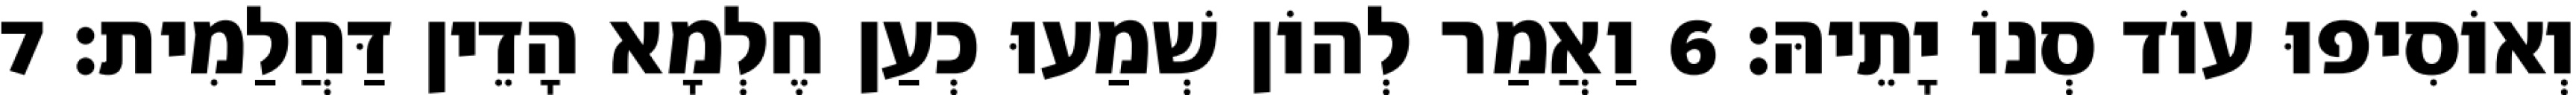
וְאוֹסִיפוּ עוֹד סְנוֹ יָתֵיהּ׃ 6 וַאֲמַר לְהוֹן שְׁמַעוּ כְעַן חֶלְמָא הָדֵין דַּחֲלַמִית׃ 7